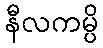
နီလကမ္ပိ